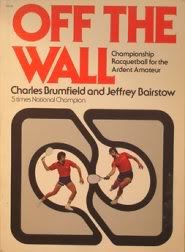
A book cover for Off the Wall: Championship Racquetball for the Ardent Amateur; Charles Brumfield; Sports & Outdoors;